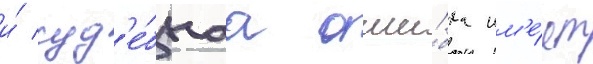
и́ суд'е́бнаа оши́бка им'е́ет